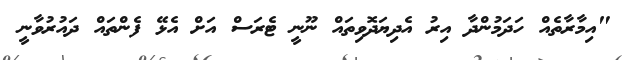
"އިމާރާތެއް ހަދަމުންދާ އިރު އެދިޔަދޮވިތައް ނޫނީ ޓެރަސް އަށް އެޅޭ ފެންތައް ދައުރުވާނީ